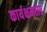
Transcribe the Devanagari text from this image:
कार्यक्षमताएं